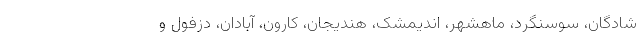
شادگان، سوسنگرد، ماهشهر، اندیمشک، هندیجان، کارون، آبادان، دزفول و